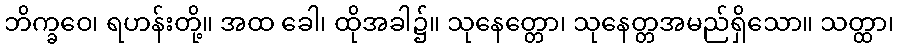
ဘိက္ခဝေ၊ ရဟန်းတို့။ အထ ခေါ၊ ထိုအခါ၌။ သုနေတ္တော၊ သုနေတ္တအမည်ရှိသော။ သတ္ထာ၊